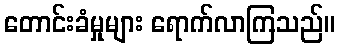
တောင်းခံမှုများ ရောက်လာကြသည်။